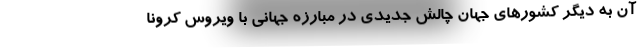
آن به دیگر کشورهای جهان چالش جدیدی در مبارزه جهانی با ویروس کرونا